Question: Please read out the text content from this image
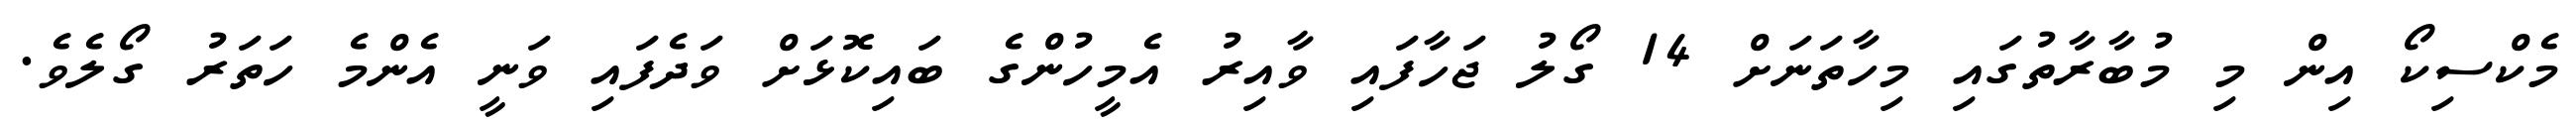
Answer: މެކްސިކޯ އިން މި މުބާރާތުގައި މިހާތަނަށް 14 ގޯލު ޖަހާފައި ވާއިރު އެމީހުންގެ ބައިކޮޅަށް ވަދެފައި ވަނީ އެންމެ ހަތަރު ގޯލެވެ.